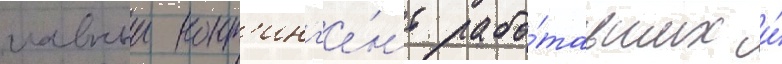
главныи конт'инг'е́нт рабо́тавших и́